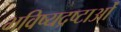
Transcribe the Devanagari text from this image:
भविष्यद्रष्टाओं